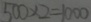
5 0 0 \times 2 = 1 0 0 0